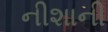
નીશાની